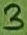
Text: 3